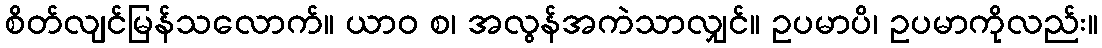
စိတ်လျင်မြန်သလောက်။ ယာဝ စ၊ အလွန်အကဲသာလျှင်။ ဥပမာပိ၊ ဥပမာကိုလည်း။